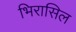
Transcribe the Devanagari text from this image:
भिरासिल